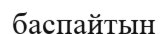
баспайтын